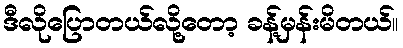
ဒီလိုပြောတယ်လို့တော့ ခန့်မှန်းမိတယ်။